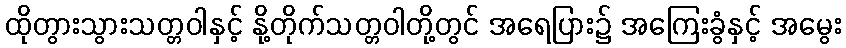
ထိုတွားသွားသတ္တဝါနှင့် နို့တိုက်သတ္တဝါတို့တွင် အရေပြား၌ အကြေးခွံနှင့် အမွေး